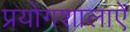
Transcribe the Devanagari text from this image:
प्रयोगशालाऐं